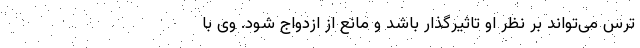
ترس می‌تواند بر نظر او تاثیرگذار باشد و مانع از ازدواج شود. وی با